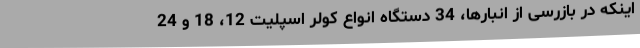
اینکه در بازرسی از انبارها، 34 دستگاه انواع کولر اسپلیت 12، 18 و 24